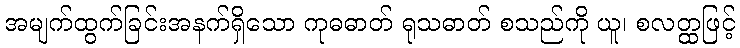
အမျက်ထွက်ခြင်းအနက်ရှိသော ကုဓဓာတ် ရုသဓာတ် စသည်ကို ယူ၊ စလတ္ထဖြင့်